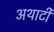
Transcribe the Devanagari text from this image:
अथार्टी